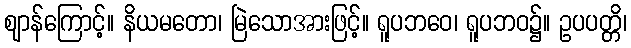
ဈာန်ကြောင့်။ နိယမတော၊ မြဲသောအားဖြင့်။ ရူပဘဝေ၊ ရူပဘဝ၌။ ဥပပတ္တိ၊